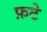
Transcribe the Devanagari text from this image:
फ़टे